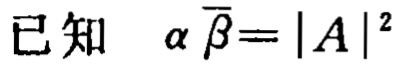
已知 $\alpha \overline{\beta}=|A|^{2}$